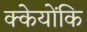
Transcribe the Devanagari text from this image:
क्केयोंकि